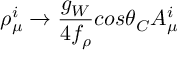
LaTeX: \rho _ { \mu } ^ { i } \rightarrow { \frac { g _ { W } } { 4 f _ { \rho } } } c o s \theta _ { C } A _ { \mu } ^ { i }